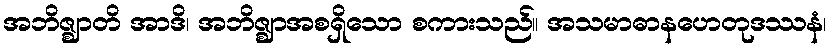
အဘိဇ္ဈာတိ အာဒိ၊ အဘိဇ္ဈာအစရှိသော စကားသည်။ အသမာဓာနဟေတုဒဿနံ၊